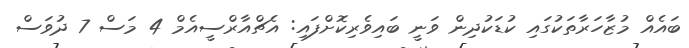
ބައެއް މުޒާހަރާތަކުގައި ކުޑަކުދިން ވަނީ ބައިވެރިކޮށްފައި: އެޗްއާރްސީއެމް 4 މަސް 7 ދުވަސް